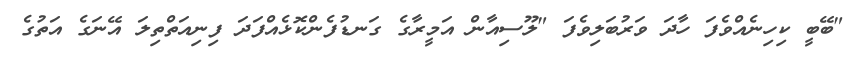
"ބޭބީ ކިހިނެއްވެފަ ހާދަ ވަރުބަލިވެފަ "ލޫސިއާން އަމީރާގެ ގަނޑުފެންކޮޅެއްފަދަ ފިނިއަތްތިލަ އޭނަގެ އަތުގެ